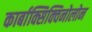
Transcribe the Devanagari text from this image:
कार्बाक्सिक्विनोलोन